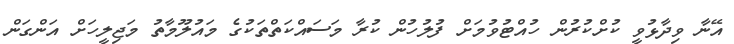
އޭނާ ވިދާޅުވީ ކުށްކުރުން ހުއްޓުވުމަށް ފުލުހުން ކުރާ މަސައްކަތްތަކުގެ މައުލޫމާތު މަޖިލީހަށް އަންގަން